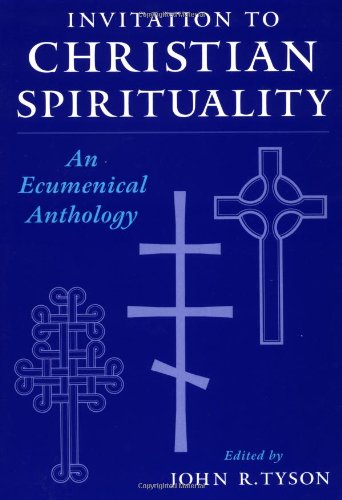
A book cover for Invitation to Christian Spirituality: An Ecumenical Anthology; Christian Books & Bibles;